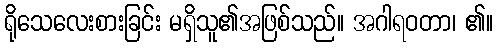
ရိုသေလေးစားခြင်း မရှိသူ၏အဖြစ်သည်။ အဂါရဝတာ၊ ၏။